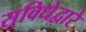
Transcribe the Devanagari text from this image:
सुविधेद्वारे